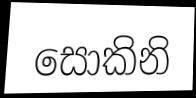
සොකිනි